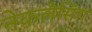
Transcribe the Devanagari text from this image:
नेकलेसिंग